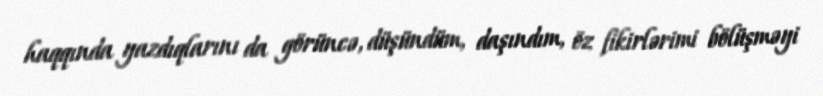
haqqında yazdıqlarını da görüncə, düşündüm, daşındım, öz fikirlərimi bölüşməyi